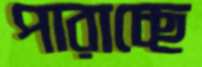
পারাচ্ছে